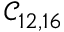
\mathcal { C } _ { 1 2 , 1 6 }